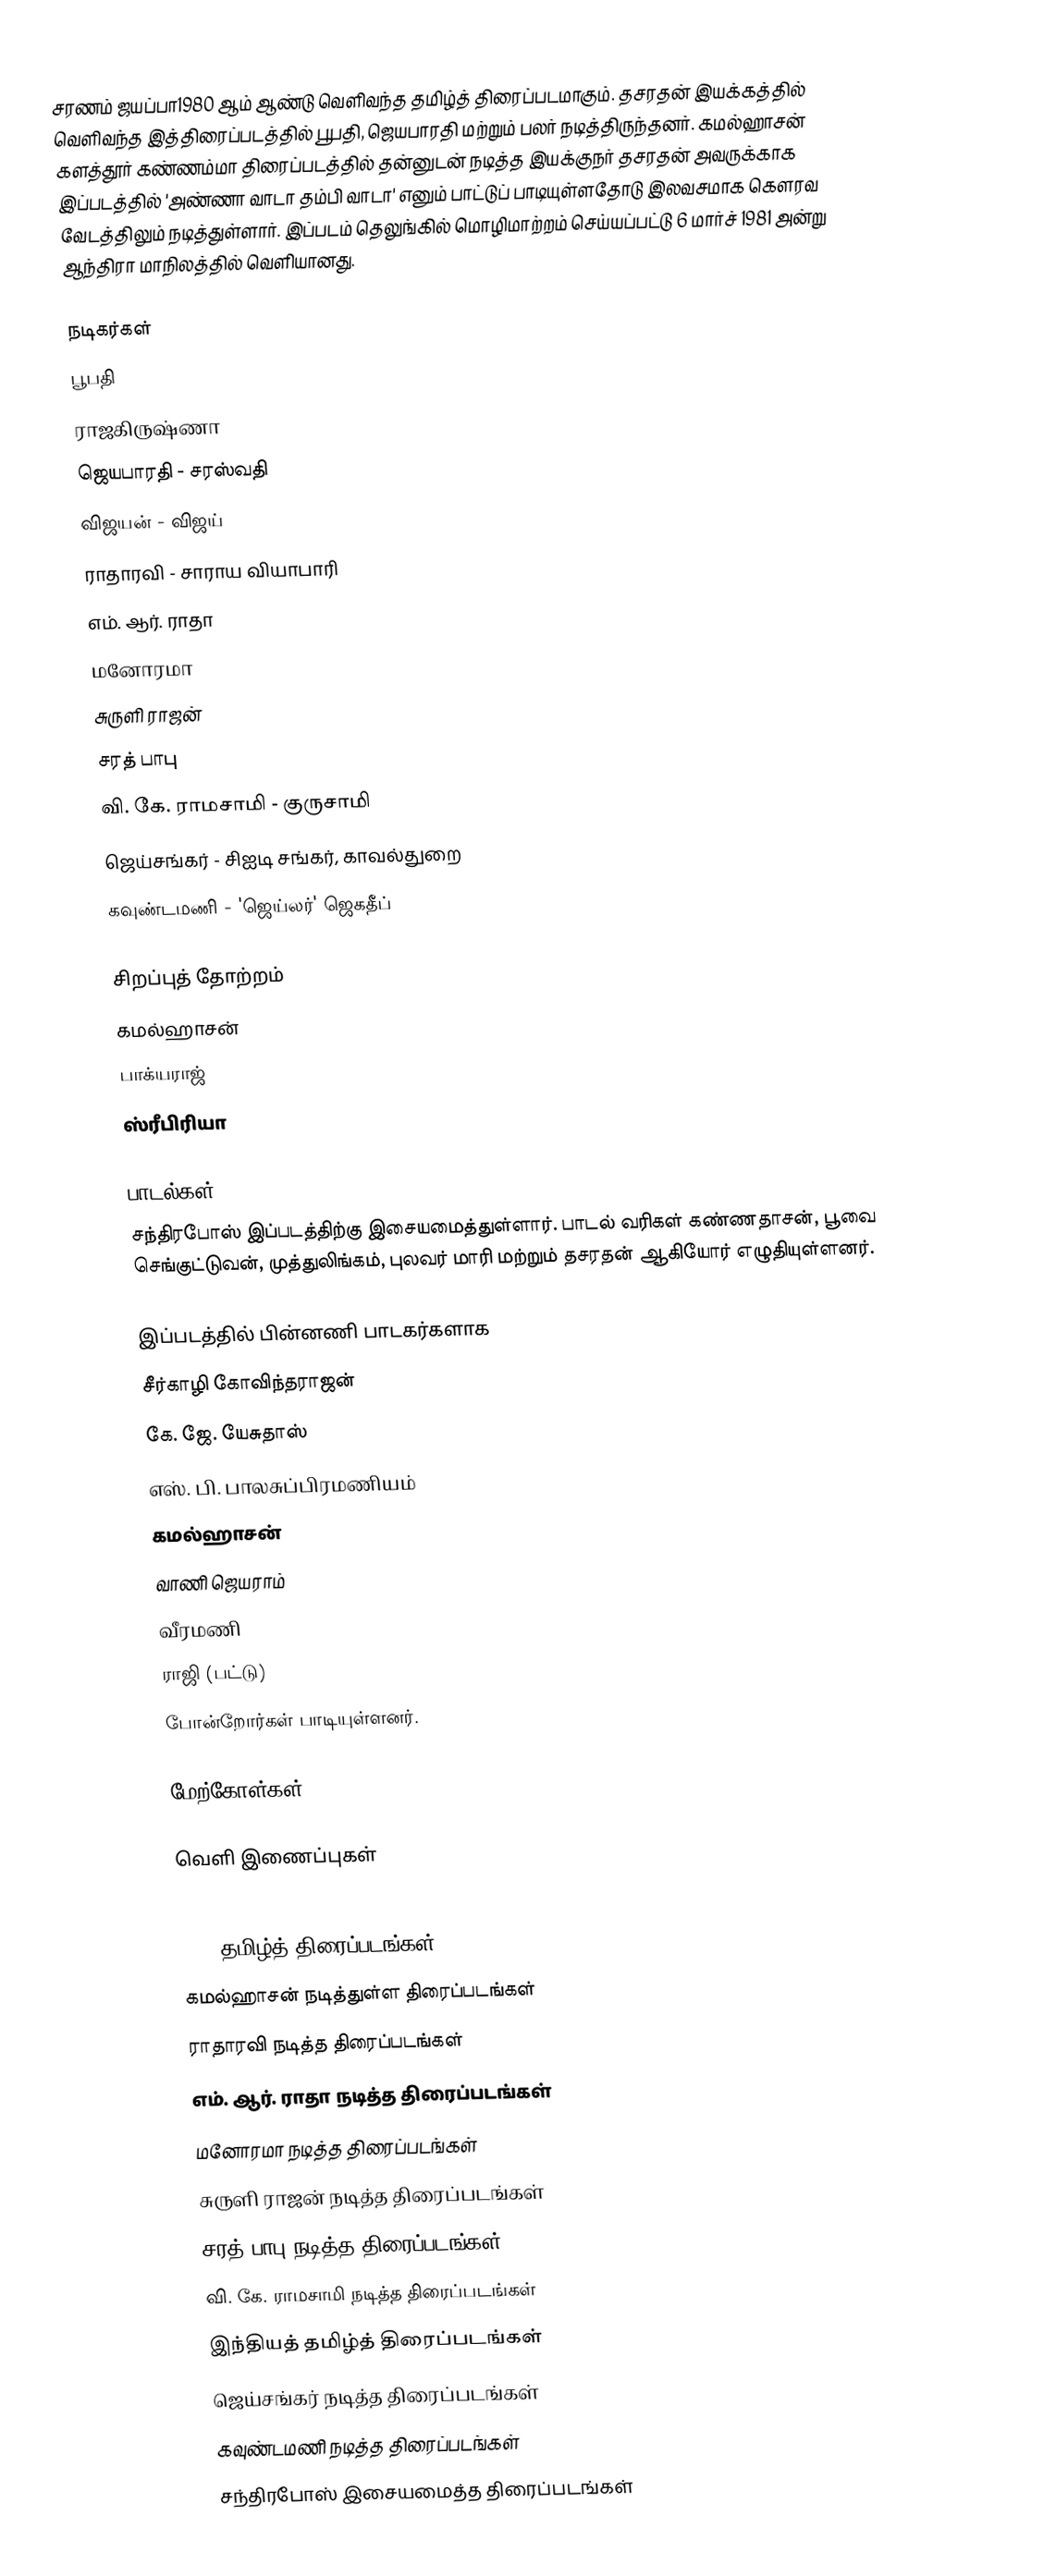
சரணம் ஜயப்பா1980 ஆம் ஆண்டு வெளிவந்த தமிழ்த் திரைப்படமாகும். தசரதன் இயக்கத்தில் வெளிவந்த இத்திரைப்படத்தில் பூபதி, ஜெயபாரதி மற்றும் பலர் நடித்திருந்தனர். கமல்ஹாசன் களத்தூர் கண்ணம்மா திரைப்படத்தில் தன்னுடன் நடித்த இயக்குநர் தசரதன் அவருக்காக இப்படத்தில் 'அண்ணா வாடா தம்பி வாடா' எனும் பாட்டுப் பாடியுள்ளதோடு இலவசமாக கௌரவ வேடத்திலும் நடித்துள்ளார். இப்படம் தெலுங்கில் மொழிமாற்றம் செய்யப்பட்டு 6 மார்ச் 1981 அன்று ஆந்திரா மாநிலத்தில் வெளியானது.

நடிகர்கள்
 பூபதி
 ராஜகிருஷ்ணா
ஜெயபாரதி - சரஸ்வதி
விஜயன் - விஜய்
ராதாரவி - சாராய வியாபாரி
எம். ஆர். ராதா
மனோரமா
சுருளி ராஜன்
சரத் பாபு
வி. கே. ராமசாமி - குருசாமி
ஜெய்சங்கர் - சிஐடி சங்கர், காவல்துறை
கவுண்டமணி - 'ஜெய்லர்' ஜெகதீப்

சிறப்புத் தோற்றம்
 கமல்ஹாசன்
 பாக்யராஜ்
 ஸ்ரீபிரியா

பாடல்கள்
சந்திரபோஸ் இப்படத்திற்கு இசையமைத்துள்ளார். பாடல் வரிகள் கண்ணதாசன், பூவை செங்குட்டுவன், முத்துலிங்கம், புலவர் மாரி மற்றும் தசரதன் ஆகியோர் எழுதியுள்ளனர்.

இப்படத்தில் பின்னணி பாடகர்களாக
 சீர்காழி கோவிந்தராஜன்
 கே. ஜே. யேசுதாஸ்
 எஸ். பி. பாலசுப்பிரமணியம்
 கமல்ஹாசன்
 வாணி ஜெயராம்
 வீரமணி
 ராஜி (பட்டு)
போன்றோர்கள் பாடியுள்ளனர்.

மேற்கோள்கள்

வெளி இணைப்புகள்

1980 தமிழ்த் திரைப்படங்கள்
கமல்ஹாசன் நடித்துள்ள திரைப்படங்கள்
ராதாரவி நடித்த திரைப்படங்கள்
எம். ஆர். ராதா நடித்த திரைப்படங்கள்
மனோரமா நடித்த திரைப்படங்கள்
சுருளி ராஜன் நடித்த திரைப்படங்கள்
சரத் பாபு நடித்த திரைப்படங்கள்
வி. கே. ராமசாமி நடித்த திரைப்படங்கள்
இந்தியத் தமிழ்த் திரைப்படங்கள்
ஜெய்சங்கர் நடித்த திரைப்படங்கள்
கவுண்டமணி நடித்த திரைப்படங்கள்
சந்திரபோஸ் இசையமைத்த திரைப்படங்கள்